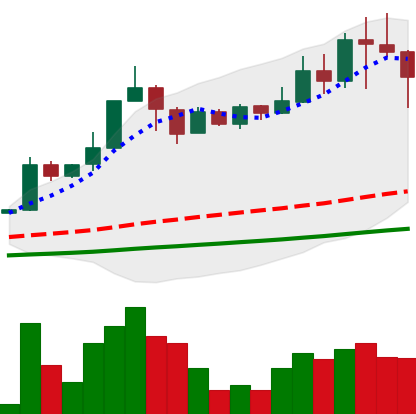
Ticker: TRX-USD
Chart end date: 2021-04-18
Forward return: -23.694%
Label: down_7plus